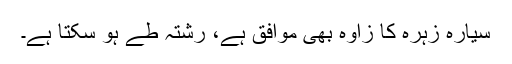
سیارہ زہرہ کا زاوہ بھی موافق ہے، رشتہ طے ہو سکتا ہے۔